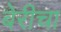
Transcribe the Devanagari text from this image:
बेरीचा